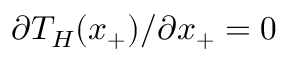
\partial T _ { H } ( x _ { + } ) / \partial x _ { + } = 0